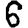
Digit: 6